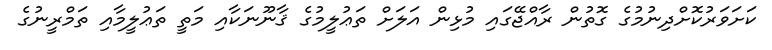
ކަށަވަރުކޮށްދިނުމުގެ ގޮތުން ރާއްޖޭގައި މުޅިން އަލަށް ތަޢުލީމުގެ ޤާނޫނަކާއި މަތީ ތަޢުލީމާއި ތަމްރީނުގެ